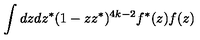
\int d z d z ^ { * } ( 1 - z z ^ { * } ) ^ { 4 k - 2 } f ^ { * } ( z ) f ( z )